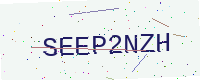
Text: SEEP2NZH